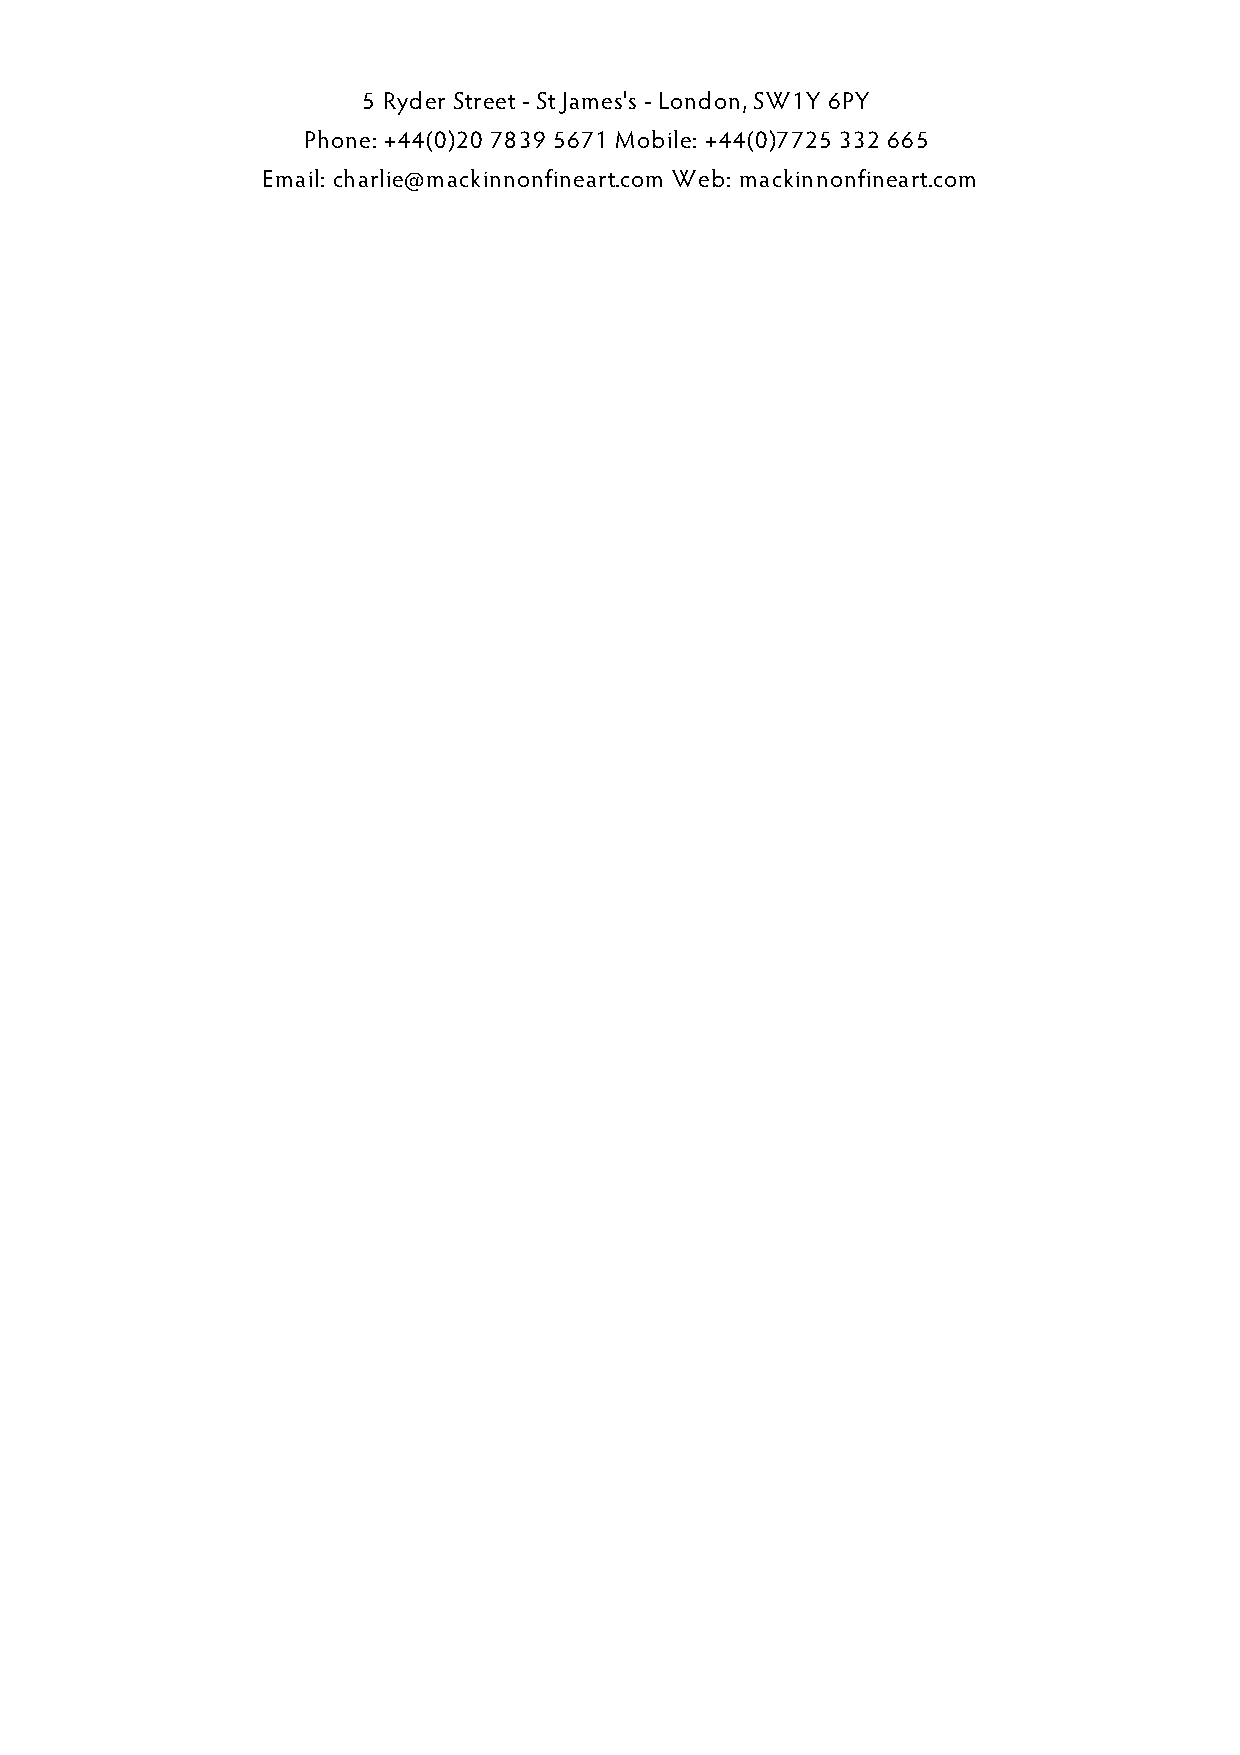
5 Ryder Street - St James's - London, SW1Y 6PY
 Phone: +44(0)20 7839 5671 Mobile: +44(0)7725 332 665
 Email: charlie@mackinnonfineart.com Web: mackinnonfineart.com